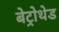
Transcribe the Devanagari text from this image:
बेट्रोथेड